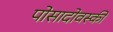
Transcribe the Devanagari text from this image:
पोसादोवस्की